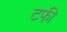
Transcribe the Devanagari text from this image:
टफी़